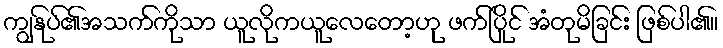
ကျွနု်ပ်၏အသက်ကိုသာ ယူလိုကယူလေတော့ဟု ဖက်ပြိုင် အံတုမိခြင်း ဖြစ်ပါ၏။